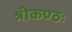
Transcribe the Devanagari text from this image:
श्रीकण्ठः